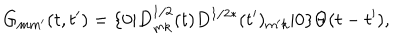
LaTeX: G _ { m m ^ { \prime } } ( t , t ^ { \prime } ) = \{ 0 | D _ { m k } ^ { 1 / 2 } ( t ) D ^ { 1 / 2 * } ( t ^ { \prime } ) _ { m ^ { \prime } k } | 0 \} \Theta ( t - t ^ { \prime } ) ,